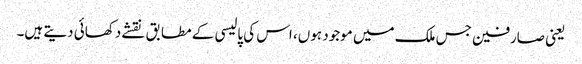
یعنی صارفین جس ملک میں موجود ہوں، اس کی پالیسی کے مطابق نقشے دکھائی دیتے ہیں۔